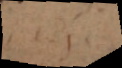
i